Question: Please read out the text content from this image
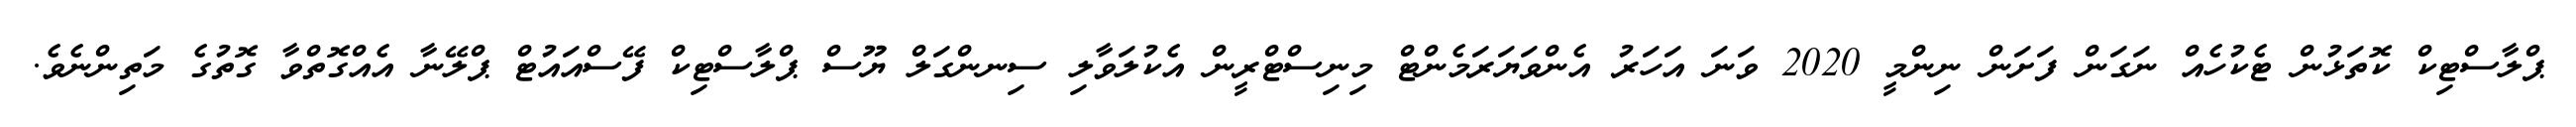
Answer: ޕްލާސްޓިކް ކޮތަޅުން ޓެކުހެއް ނަގަން ފަށަން ނިންމީ 2020 ވަނަ އަހަރު އެންވަޔަރަމެންޓް މިނިސްޓްރީން އެކުލަވާލި ސިނންގަލް ޔޫސް ޕްލާސްޓިކް ފޭސްއައުޓް ޕްލޭނާ އެއްގޮތްވާ ގޮތުގެ މަތިންނެވެ.